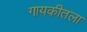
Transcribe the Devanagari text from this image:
गायकीतला